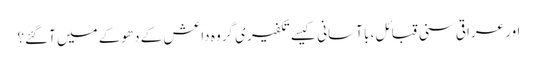
اور عراقی سنی قبائل، با آسانی کیسے تکفیری گروہ داعش کے دھوکے میں آگئے؟